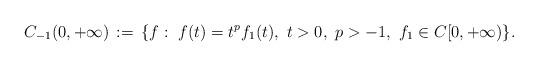
LaTeX: \begin{align*}C_{-1}(0,+\infty)\, := \, \{f:\ f(t)=t^{p}f_1(t),\ t>0,\ p > -1,\ f_1\in C[0,+\infty)\}.\end{align*}